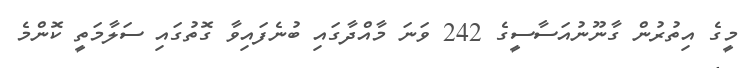
މީގެ އިތުރުން ގާނޫނުއަސާސީގެ 242 ވަަނަ މާއްދާގައި ބުނެފައިވާ ގޮތުގައި ސަލާމަތީ ކޮންމެ